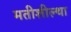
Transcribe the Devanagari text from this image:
मतीशील्था